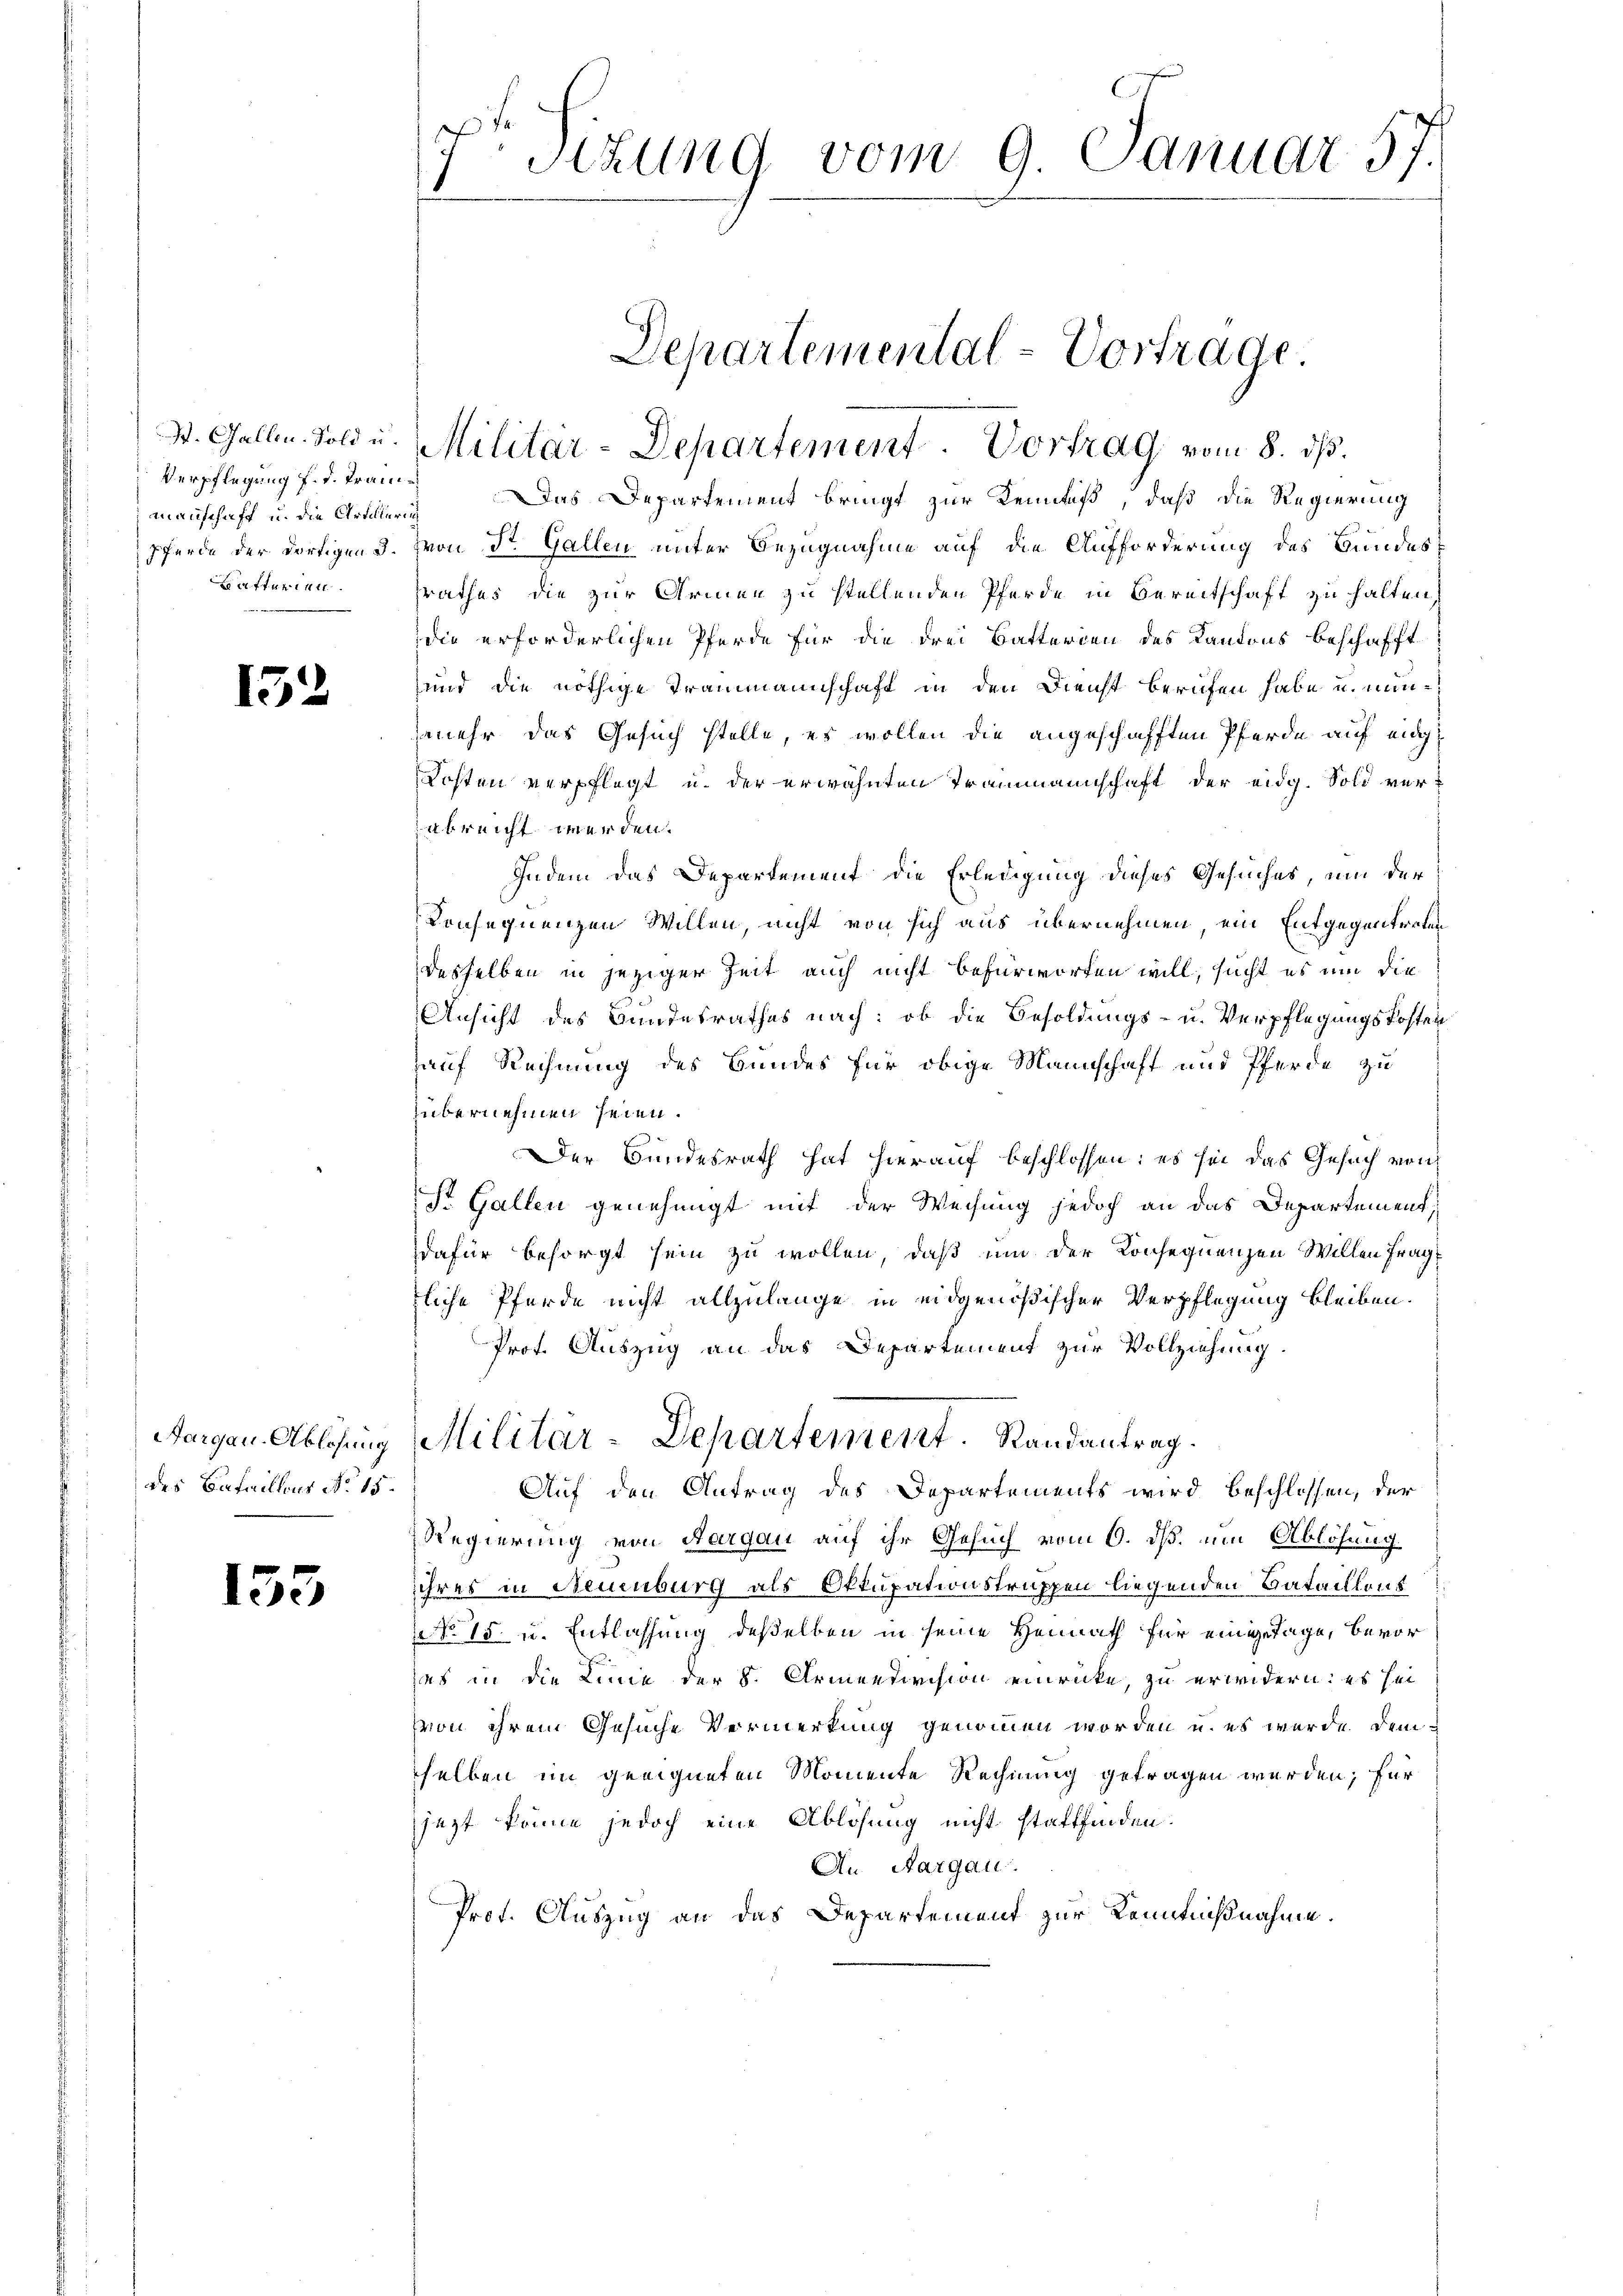
Verpflegung f. d. Tran¬

152

Aargau. Ablösung
des Bataillons No 15.

153

7 Sitzung vom 9. Januar 57.

Departemental-Vortrage
S. Gallen. Sold u. Militär-Departement. Vortrag vom 8. ds.

manschaft u. die Artillerig Das Departement bringt zur Kenntiß, daß die Regierung
Pferde der dortigen 3. (von Dr. Gallen unter Bezugnahme auf die Aufforderung des Bundes-
Lüfterien. Grathes die zur Armen zu stellenden Pferde in Bereitschaft zu halten,
die erforderlichen Pferde für die drei Batterien des Kantons beschafft
und die nöthige Trammannschaft in den Dienst berufen habe u. minmehr das Gesuch stelle, es wollen die angeschafften Pferde auf ei¬
Kosten verpflegt u. der erwähnten Trammannschaft der eidg. Sold verabreicht werden.
Indem das Departement die Erledigung dieses Gesuches, um der
Konsequenzen Willen, nicht von sich aus übernehmen, ein Entgegentreten
desselben in jeziger Zeit auch nicht befürworfen will, sucht es um die
Ansicht des Bundesrathes nach: ob die Besoldungs- u. Verpflegungskosten
auf Rechnung des Bundes für obige Mannschaft und Pferde zu
übernehmen seien.
Der Bundesrath hat hierauf beschlossen: es sei das Gesuch von
St. Gallen genehmigt mit der Weisung jedoch an das Departement
dafür besorgt sein zu wollen, daß um der Konsequenzen Willen Frag
zliche Pferde nicht allzulange in eidgenößischer Verpflegung bleiben.
Prot. Auszug an das Departement zur Vollziehung.
Militar-Departement. Randantrag.
Auf den Antrag des Departements wird beschlossen, der
Regierung von Aargau auf ihr Gesuch vom 6. ds. um Ablösung
iihres in Neuenburg als Oktupationstruppen liegenden Bataillons
NNo 15. u. Entlassung deßelben in seine Heimath für einige Tage, bevor
das in die Linie der S. Armendivision einrücke, zu erwidern: es sei
von ihrem Gesuche Vermerkung genommen worden u. es wurde demsselben im geeigneten Momente Rechnung getragen werden; für
jezt könne jedoch eine Ablösung nicht stattfinden.
An Aargau.
Prot. Auszug an das Departement zur Kenntnißnahme.